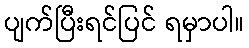
ပျက်ပြီးရင်ပြင် ရမှာပါ။